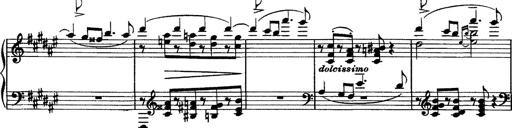
Title: Piano Sonata
Composer: Karl HÃ¤ssler
Key: C major